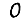
Digit: 0